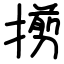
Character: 㨵